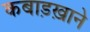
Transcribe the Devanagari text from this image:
कबाड़ख़ाने